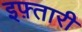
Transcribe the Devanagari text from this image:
इफ़्तारी